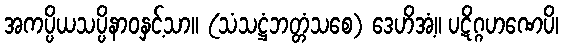
အကပ္ပိယသပ္ပိနာဝနှင့်သာ။ (သံသဋ္ဌံဘတ္တံသစေ) ဒေဟိအံ့။ ပဋိဂ္ဂဟဏေပိ၊